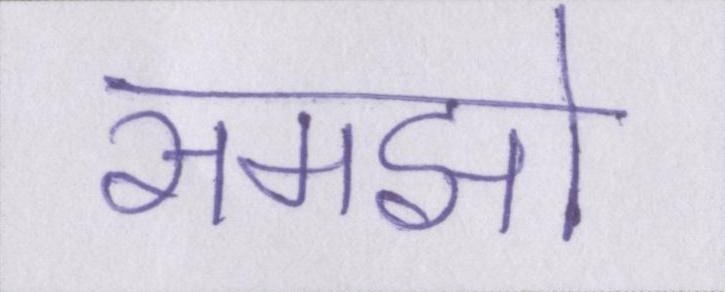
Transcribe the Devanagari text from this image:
समझो